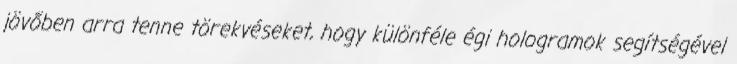
jövőben arra tenne törekvéseket, hogy különféle égi hologramok segítségével